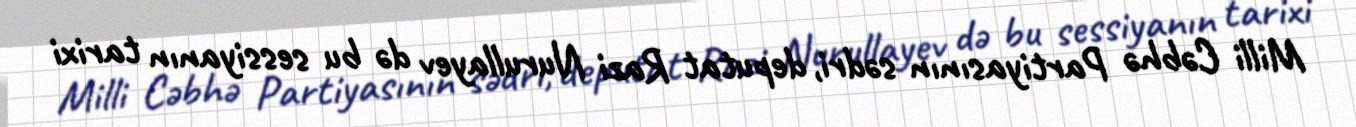
Milli Cəbhə Partiyasının sədri, deputat Razi Nurullayev də bu sessiyanın tarixi